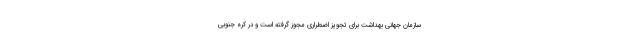
سازمان جهانی بهداشت برای تجویز اضطراری مجوز گرفته است و در کره جنوبی